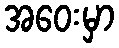
အဝေးမှာ